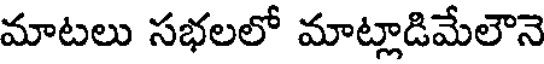
మాటలు సభలలో మాట్లాడిమేలౌనె